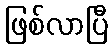
ဖြစ်လာပြီ